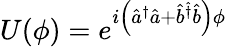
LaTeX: U(\phi)=e^{i\left(\hat{a}^{\dagger}\hat{a}+\hat{b}^{\hat{\dagger}}\hat{b}\right)\phi}